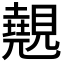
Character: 𭐆